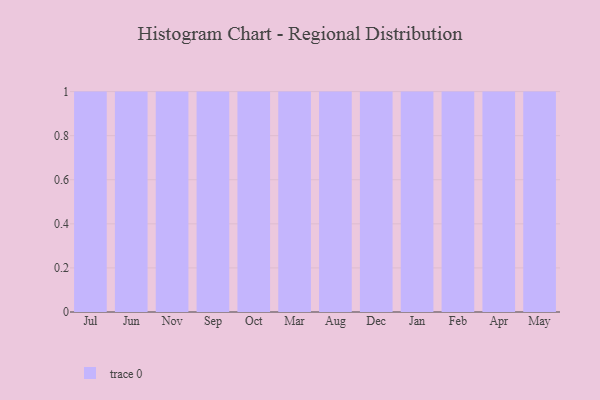
{"axis": {"x": "Month", "y": "Backlog"}, "legend": [""], "data": [{"x": "Jul", "y": 71, "type": ""}, {"x": "Jun", "y": 27, "type": ""}, {"x": "Nov", "y": 76, "type": ""}, {"x": "Sep", "y": 20, "type": ""}, {"x": "Oct", "y": 79, "type": ""}, {"x": "Mar", "y": 62, "type": ""}, {"x": "Aug", "y": 43, "type": ""}, {"x": "Dec", "y": 4, "type": ""}, {"x": "Jan", "y": 52, "type": ""}, {"x": "Feb", "y": 61, "type": ""}, {"x": "Apr", "y": 59, "type": ""}, {"x": "May", "y": 34, "type": ""}]}